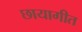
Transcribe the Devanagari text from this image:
छायागीत